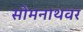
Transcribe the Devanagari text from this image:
सोमनाथवर